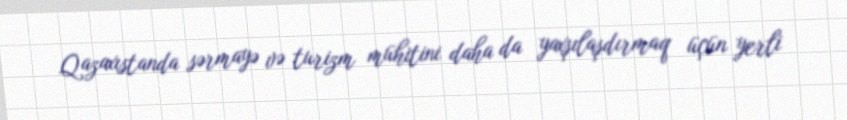
Qazaxıstanda sərmayə və turizm mühitini daha da yaxşılaşdırmaq üçün yerli